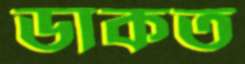
ডাকত